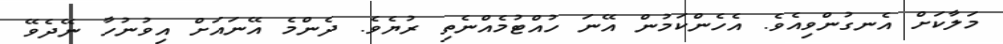
މަލާކަށް އެނގުންވިއެވެ. އެހެންކަމުން އޭނަ ހުއްޓުމެއްނެތި ރުޔެވެ. ދެންމެ އޭނައަށް އިވުނުހާ ނޭދެވޭ